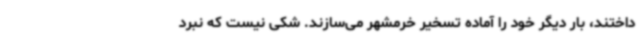
داختند، بار دیگر خود را آماده تسخیر خرمشهر می‌سازند. شکی نیست که نبرد